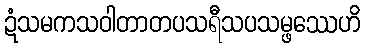
ဍံသမကသဝါတာတပသရီသပသမ္ဖဿေဟိ